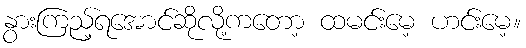
နွားကြည့်ရအောင်ဆိုလို့ကတော့ ထမင်းမေ့ ဟင်းမေ့။